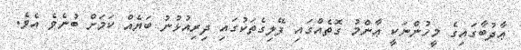
ޢާދުބާގައިގެ މީހުންނަކީ ޢާންމު ގޮތެއްގައި ފޭލިގެތަކުގައި ދިރިއުޅުނު ބަޔެއް ކަމަށް ބުނެވެ އެވެ.